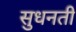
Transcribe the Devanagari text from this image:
सुधनती